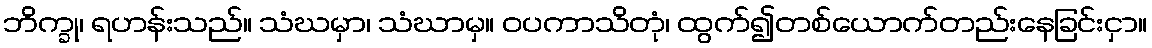
ဘိက္ခု၊ ရဟန်းသည်။ သံဃမှာ၊ သံဃာမှ။ ဝပကာသိတုံ၊ ထွက်၍တစ်ယောက်တည်းနေခြင်းငှာ။